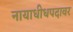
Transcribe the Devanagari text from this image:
नायाधीधपदावर